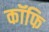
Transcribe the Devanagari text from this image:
कॉफि